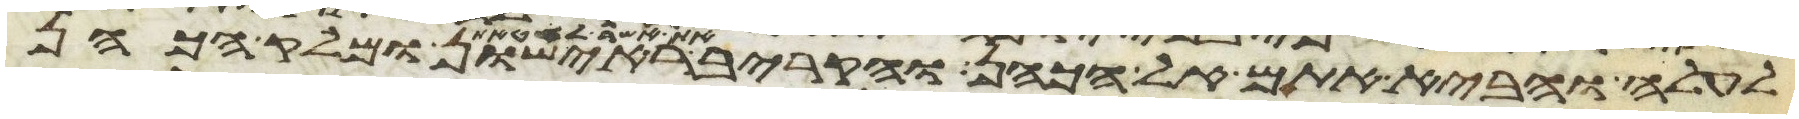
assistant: לעלה והביא אתם אל הכהן והקריב את אשר לחטאת ראישון ומלק הכהן